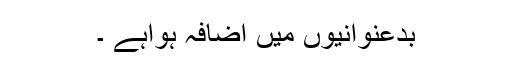
بدعنوانیوں میں اضافہ ہواہے ۔